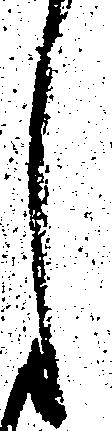
し